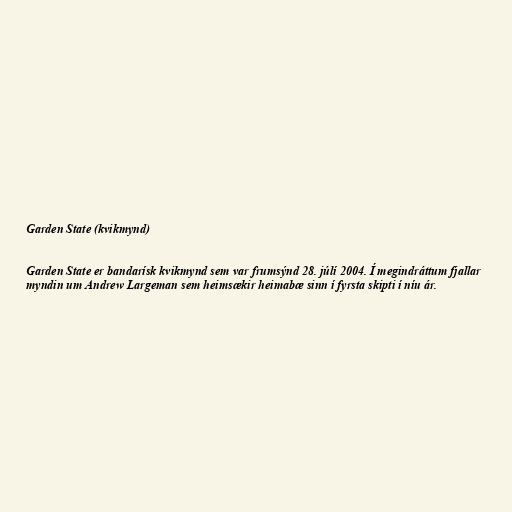
Garden State (kvikmynd)

Garden State er bandarísk kvikmynd sem var frumsýnd 28. júlí 2004. Í megindráttum fjallar
myndin um Andrew Largeman sem heimsækir heimabæ sinn í fyrsta skipti í níu ár.